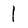
Character: 1